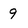
Character: 9